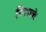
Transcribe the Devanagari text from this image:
पिएल्के